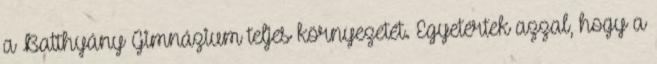
a Batthyány Gimnázium teljes környezetét. Egyetértek azzal, hogy a